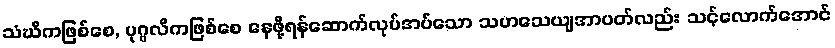
သံဃိကဖြစ်စေ, ပုဂ္ဂလိကဖြစ်စေ နေဖို့ရန်ဆောက်လုပ်အပ်သော သဟသေယျအာပတ်လည်း သင့်လောက်အောင်